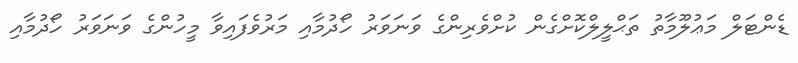
ޑެންޓަލް މަޢުލޫމާތު ތަޙްލީލްކޮށްގެން ކުށްވެރިންގެ ވަނަވަރު ހޯދުމާއި މަރުވެފައިވާ މީހުންގެ ވަނަވަރު ހޯދުމާއި